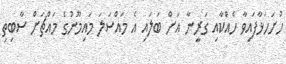
ހުށަހަޅާފައިވާ ހެއްކާއި ގަރީނާ އަށް ބަލައި އެ މައްސަލަ މައިމޫނުގެ މައްޗަށް ސާބިތި